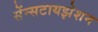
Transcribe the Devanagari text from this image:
सेंन्सटायझेशन